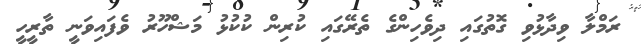
ރަމްލާ ވިދާޅުވި ގޮތުގައި ދިވެހިންގެ ތެރޭގައި ކުރިން ކުކުޅު މަޝްހޫރު ވެފައިވަނީ ތާރީހީ